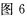
图6